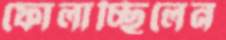
ফোলাচ্ছিলেন